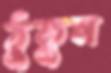
ঠুকুন